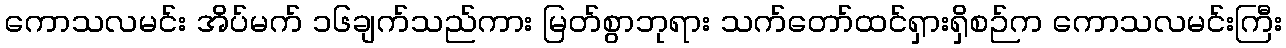
ကောသလမင်း အိပ်မက် ၁၆ချက်သည်ကား မြတ်စွာဘုရား သက်တော်ထင်ရှားရှိစဉ်က ကောသလမင်းကြီး